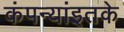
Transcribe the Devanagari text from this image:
कंपन्यांइतके